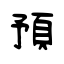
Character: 預